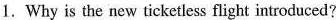
1. Why is the new ticketless flight introduced?